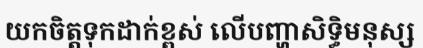
យកចិត្តទុកដាក់ខ្ពស់ លើបញ្ហាសិទ្ធិមនុស្ស